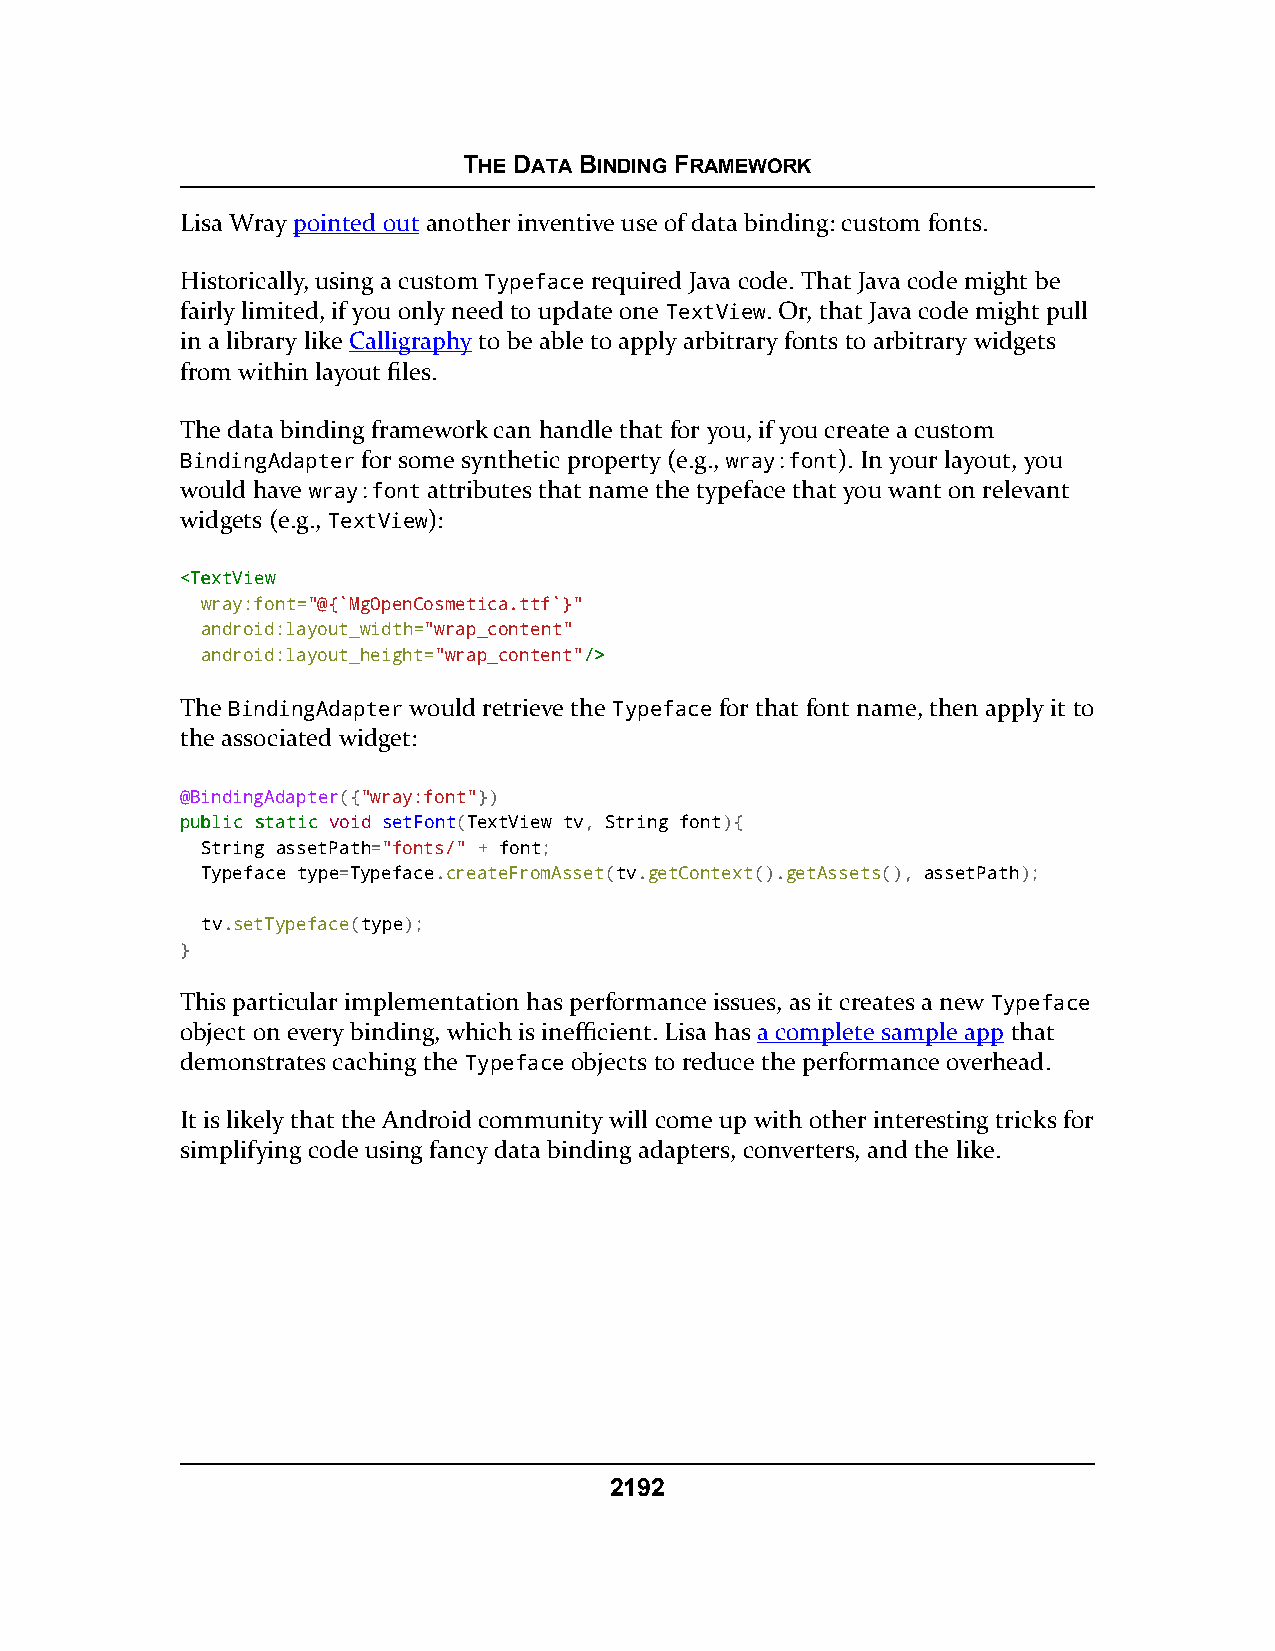
THE DATA BINDING FRAMEWORK
 Lisa Wray pointed out another inventive use of data binding: custom fonts.
 Historically, using a custom Typeface required Java code. That Java code might be
 fairly limited, if you only need to update one TextView. Or, that Java code might pull
 in a library like Calligraphy to be able to apply arbitrary fonts to arbitrary widgets
 from within layout files.
 The data binding framework can handle that for you, if you create a custom
 BindingAdapter for some synthetic property (e.g., wray:font). In your layout, you
 would have wray:font attributes that name the typeface that you want on relevant
 widgets (e.g., TextView):
 <<TTeexxttVViieeww
 wray:font="@{`MgOpenCosmetica.ttf`}"
 android:layout_width="wrap_content"
 android:layout_height="wrap_content"//>>
 The BindingAdapter would retrieve the Typeface for that font name, then apply it to
 the associated widget:
 @BindingAdapter({"wray:font"})
 ppuubblliicc ssttaattiicc void setFont(TextView tv, String font){
 String assetPath="fonts/" + font;
 Typeface type=Typeface.createFromAsset(tv.getContext().getAssets(), assetPath);
 tv.setTypeface(type);
 }
 This particular implementation has performance issues, as it creates a new Typeface
 object on every binding, which is inefficient. Lisa has a complete sample app that
 demonstrates caching the Typeface objects to reduce the performance overhead.
 It is likely that the Android community will come up with other interesting tricks for
 simplifying code using fancy data binding adapters, converters, and the like.
 2192